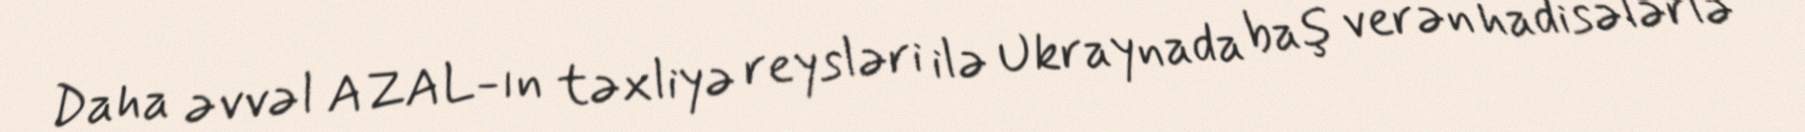
Daha əvvəl AZAL-ın təxliyə reysləri ilə Ukraynada baş verən hadisələrlə